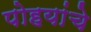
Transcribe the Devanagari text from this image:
पोहयांचे